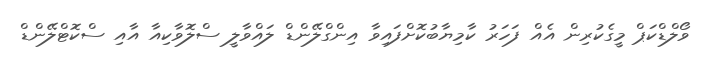
ވޯލްޑްކަޕް މީގެކުރިން އެއް ފަހަރު ކާމިޔާބުކޮށްފައިވާ އިންގްލޭންޑް ލައްވާލީ ސްލޮވާކިއާ އާއި ސްކޮޓްލޭންޑް